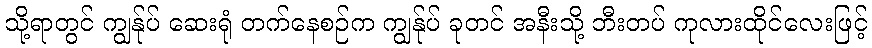
သို့ရာတွင် ကျွန်ုပ် ဆေးရုံ တက်နေစဉ်က ကျွန်ုပ် ခုတင် အနီးသို့ ဘီးတပ် ကုလားထိုင်လေးဖြင့်